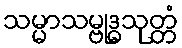
သမ္မာသမ္ဗုဒ္ဓသုတ္တံ